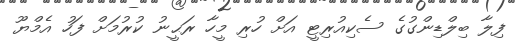
ފިލާ ބިލްޑިންގުގެ ސެކިއުރިޓީ އަށް ހުރި މީހާ ރަޙީނު ކުރުމަށް ފަހު އެމްޔޫ